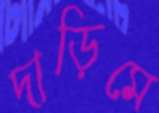
দাড়িমে